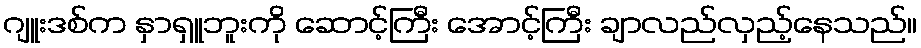
ဂျူးဒစ်က နှာရှူဘူးကို ဆောင့်ကြီး အောင့်ကြီး ချာလည်လှည့်နေသည်။